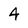
Character: 4